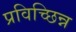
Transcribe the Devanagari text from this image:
प्रविच्छिन्न